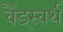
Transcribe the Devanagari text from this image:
वैंड्स्वर्थ